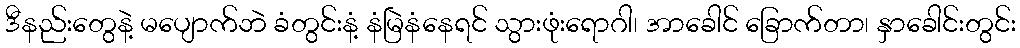
ဒီနည်းတွေနဲ့ မပျောက်ဘဲ ခံတွင်းနံ့ နံမြဲနံနေရင် သွားဖုံးရောဂါ၊ အာခေါင် ခြောက်တာ၊ နှာခေါင်းတွင်း